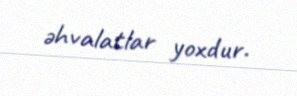
əhvalatlar yoxdur.